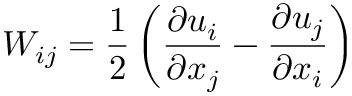
W _ { i j } = \frac { 1 } { 2 } \left( \frac { \partial u _ { i } } { \partial x _ { j } } - \frac { \partial u _ { j } } { \partial x _ { i } } \right)